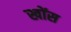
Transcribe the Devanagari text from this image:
खोंस